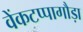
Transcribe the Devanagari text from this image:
वेंकटप्पागौड़ा